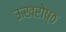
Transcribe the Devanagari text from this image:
ऊखरोष्ठ